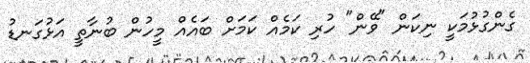
ގެންގުޅުމަކީ ނިކަން "ވޭން" ހުރި ކަމެއް ކަމަށް ބައެއް މީހުން ބުނާތީ އަޅުގަނޑު